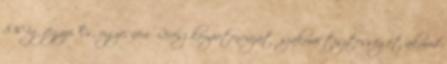
830-ig jegyzi. És, ugye, nem Révész kompetenciáját szakmai tisztességét akarod